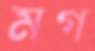
মগ